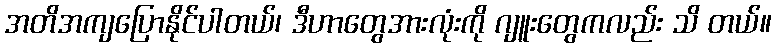
အတိအကျပြောနိုင်ပါတယ်၊ ဒီဟာတွေအားလုံးကို ဂျူးတွေကလည်း သိ တယ်။